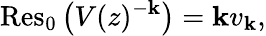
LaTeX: \operatorname{Res}_{0}{\big(}V(z)^{-\mathbf{k}}{\big)}=\mathbf{k}v_{\mathbf{k}},